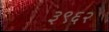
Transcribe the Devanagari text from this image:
३९६२